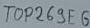
Text: TOP269E6